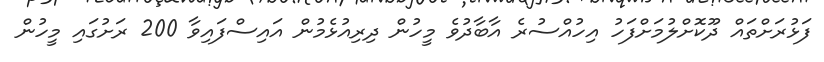
ފަޅުރަށްތައް ދޫކޮށްލުމަށްފަހު އިހުއްސުރެ އާބާދުވެ މީހުން ދިރިއުޅެމުން އައިސްފައިވާ 200 ރަށުގައި މީހުން